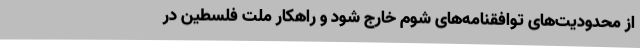
از محدودیت‌های توافقنامه‌های شوم خارج شود و راهکار ملت فلسطین در